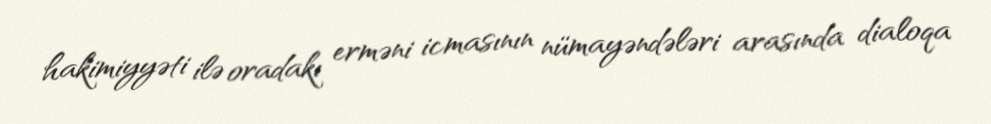
hakimiyyəti ilə oradakı erməni icmasının nümayəndələri arasında dialoqa